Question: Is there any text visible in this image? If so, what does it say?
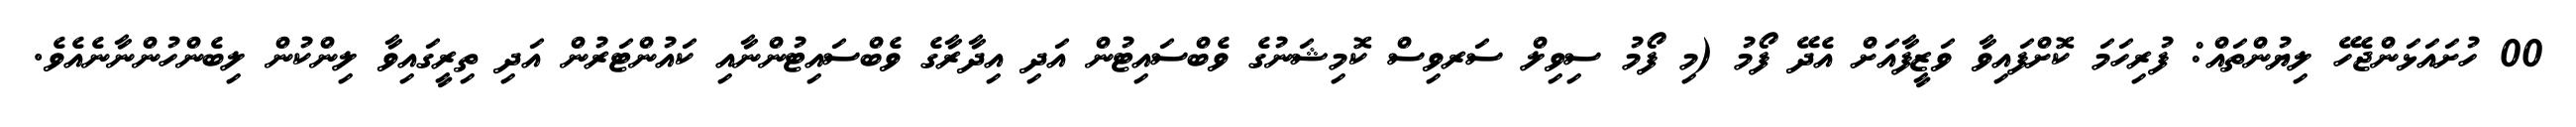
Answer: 00 ހުށައަޅަންޖެހޭ ލިޔުންތައް: ފުރިހަމަ ކޮށްފައިވާ ވަޒީފާއަށް އެދޭ ފޯމު (މި ފޯމު ސިވިލް ސަރވިސް ކޮމިޝަނުގެ ވެބްސައިޓުން އަދި އިދާރާގެ ވެބްސައިޓުންނާއި ކައުންޓަރުން އަދި ތިރީގައިވާ ލިންކުން ލިބެންހުންނާނެއެވެ.